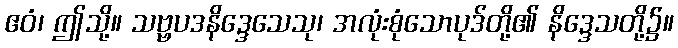
ဧဝံ၊ ဤသို့။ သဗ္ဗပဒနိဒ္ဒေသေသု၊ အလုံးစုံသောပုဒ်တို့၏ နိဒ္ဒေသတို့၌။